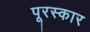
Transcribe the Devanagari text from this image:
पूरस्कार